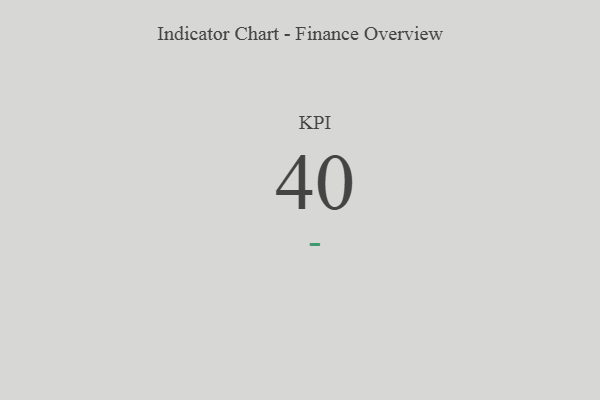
{"axis": {"x": "KPI", "y": "Value"}, "legend": [""], "data": [{"x": "KPI", "y": 40, "type": ""}]}